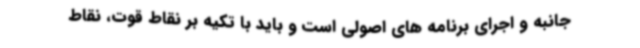
جانبه و اجرای برنامه های اصولی است و باید با تکیه بر نقاط قوت، نقاط